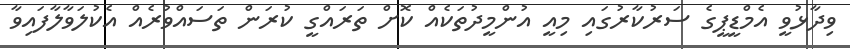
ވިދާޅުވީ އެމްޑީޕީގެ ސަރުކާރުގައި މިއީ އުންމީދުތަކެއް ކޮށް ތަރައްގީ ކުރަން ތަސައްވުރެއް އެކުލަވާލާފައިވާ